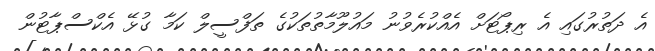
އެ ދަތުރުގައި އެ ރިޕޯޓަށް އެއްކުރެވުނު މައުލޫމާތުތަކުގެ ތަފްސީލް ކަމާ ގުޅޭ އެކްސްޕާޓުން